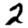
Digit: 2